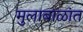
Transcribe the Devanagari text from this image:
मुलाबाळांत